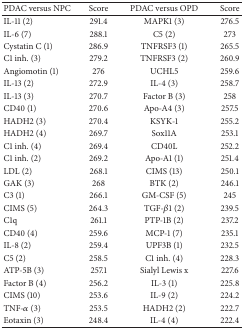
| PDAC versus NPC | Score | PDAC versus OPD | Score |
 | --- | --- | --- | --- |
 | IL-11 (2) | 291.4 | MAPK1 (3) | 276.5 |
 | IL-6 (7) | 288.1 | C5 (2) | 273 |
 | Cystatin C (1) | 286.9 | TNFRSF3 (1) | 265.5 |
 | C1 inh. (3) | 279.2 | TNFRSF3 (2) | 260.9 |
 | Angiomotin (1) | 276 | UCHL5 | 259.6 |
 | IL-13 (2) | 272.9 | IL-4 (3) | 258.7 |
 | IL-13 (3) | 270.7 | Factor B (3) | 258 |
 | CD40 (1) | 270.6 | Apo-A4 (3) | 257.5 |
 | HADH2 (3) | 270.4 | KSYK-1 | 255.2 |
 | HADH2 (4) | 269.7 | Sox11A | 253.1 |
 | C1 inh. (4) | 269.4 | CD40L | 252.2 |
 | C1 inh. (2) | 269.2 | Apo-A1 (1) | 251.4 |
 | LDL (2) | 268.1 | CIMS (13) | 250.1 |
 | GAK (3) | 268 | BTK (2) | 246.1 |
 | C3 (1) | 266.1 | GM-CSF (5) | 245 |
 | CIMS (5) | 264.3 | TGF-β1 (2) | 239.5 |
 | C1q | 261.1 | PTP-1B (2) | 237.2 |
 | CD40 (4) | 259.6 | MCP-1 (7) | 235.1 |
 | IL-8 (2) | 259.4 | UPF3B (1) | 232.5 |
 | C5 (2) | 258.5 | C1 inh. (4) | 228.3 |
 | ATP-5B (3) | 257.1 | Sialyl Lewis x | 227.6 |
 | Factor B (4) | 256.2 | IL-3 (1) | 225.8 |
 | CIMS (10) | 253.6 | IL-9 (2) | 224.2 |
 | TNF-α (3) | 253.5 | HADH2 (2) | 222.7 |
 | Eotaxin (3) | 248.4 | IL-4 (4) | 222.4 |